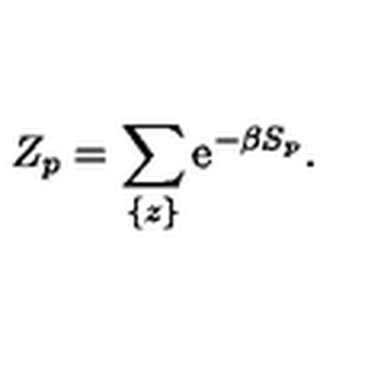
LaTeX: Z _ { p } = \sum _ { \{ z \} } \mathrm { e } ^ { - \beta S _ { p } } .